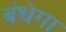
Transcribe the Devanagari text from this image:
बंधेगा